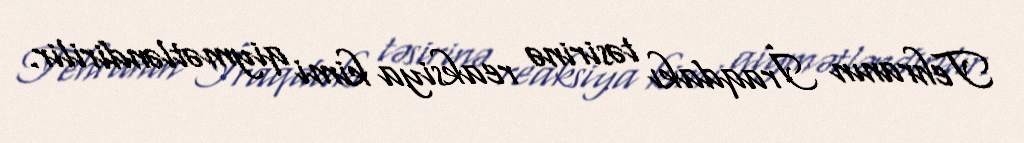
Tehranın İraqdakı təsirinə reaksiya kimi qiymətləndirilir.